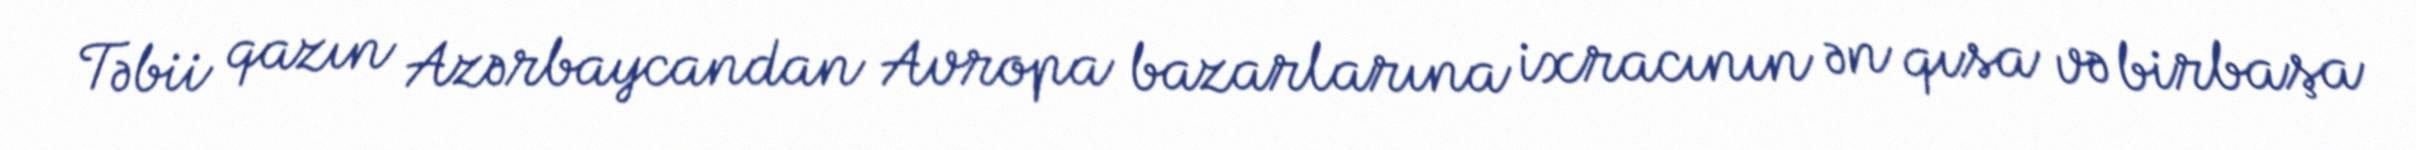
Təbii qazın Azərbaycandan Avropa bazarlarına ixracının ən qısa və birbaşa